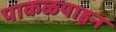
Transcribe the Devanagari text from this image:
पाकळयाहून